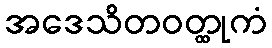
အဒေသိတဝတ္ထုကံ